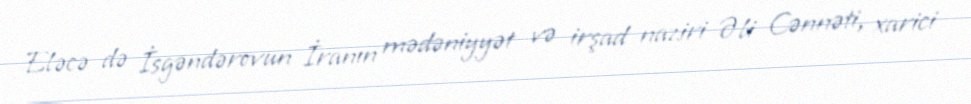
Eləcə də İsgəndərovun İranın mədəniyyət və irşad naziri Əli Cənnəti, xarici